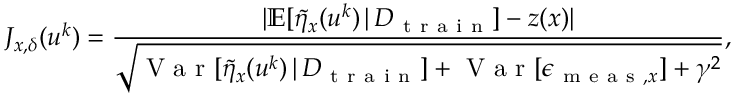
J _ { x , \delta } ( u ^ { k } ) = \frac { \lvert \mathbb { E } [ \Tilde { \eta } _ { x } ( u ^ { k } ) \, \vert \, D _ { \mathrm { ~ t ~ r ~ a ~ i ~ n ~ } } ] - z ( x ) \rvert } { \sqrt { \mathrm { ~ V ~ a ~ r ~ } [ \Tilde { \eta } _ { x } ( u ^ { k } ) \, \vert \, D _ { \mathrm { ~ t ~ r ~ a ~ i ~ n ~ } } ] + \mathrm { ~ V ~ a ~ r ~ } [ \epsilon _ { \mathrm { ~ m ~ e ~ a ~ s ~ } , x } ] + \gamma ^ { 2 } } } ,